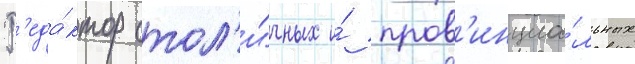
Р'еда́ктор стол'и́чных и́ пров'инциа́льных